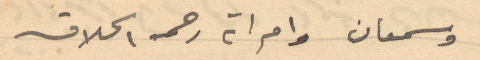
وسمعان وامراته رحمه الحلاق